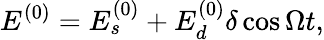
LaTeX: E^{(0)}=E_{s}^{(0)}+E_{d}^{(0)}\delta\cos\Omega t,